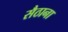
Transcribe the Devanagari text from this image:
सैठाना